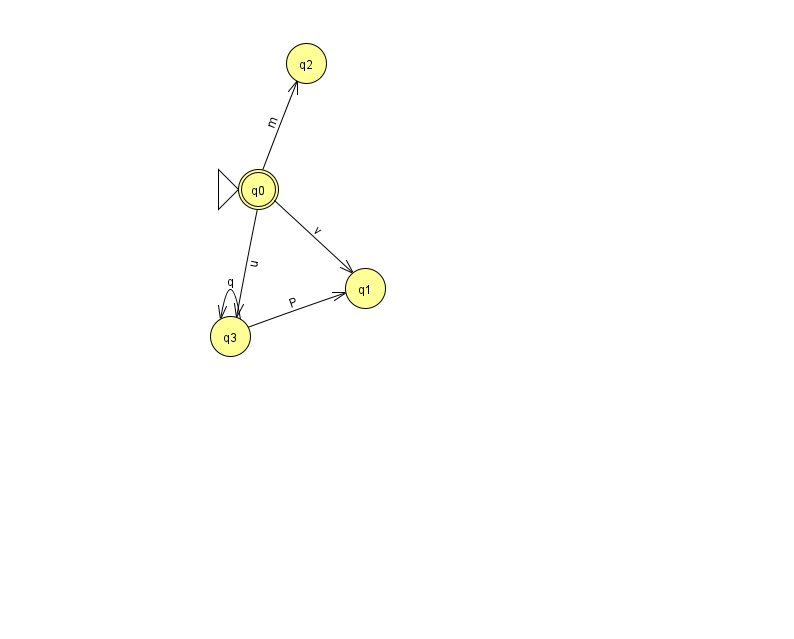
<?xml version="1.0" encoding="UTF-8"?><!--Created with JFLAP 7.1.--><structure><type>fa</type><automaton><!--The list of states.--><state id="0" name="q0"><x>258.0</x><y>176.0</y><initial/><final/></state><state id="1" name="q1"><x>365.0</x><y>275.0</y></state><state id="2" name="q2"><x>306.0</x><y>50.0</y></state><state id="3" name="q3"><x>230.0</x><y>323.0</y></state><!--The list of transitions.--><transition><from>3</from><to>3</to><read>q</read></transition><transition><from>0</from><to>3</to><read>u</read></transition><transition><from>0</from><to>1</to><read>v</read></transition><transition><from>0</from><to>2</to><read>m</read></transition><transition><from>3</from><to>1</to><read>P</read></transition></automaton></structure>